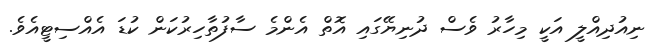
ނިއުދިއްލީ އަކީ މިހާރު ވެސް ދުނިޔޭގައި އޮތް އެންމެ ސާފުތާހިރުކަން ކުޑަ އެއްސިޓީއެވެ.